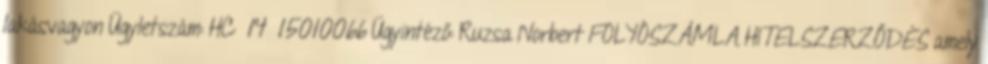
lakásvagyon Ügyletszám: HC 14 15010066 Ügyintéző: Ruzsa Norbert FOLYÓSZÁMLA HITELSZERZŐDÉS amely